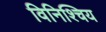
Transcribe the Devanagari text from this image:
विनिश्चिय